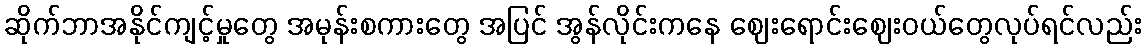
ဆိုက်ဘာအနိုင်ကျင့်မှုတွေ အမုန်းစကားတွေ အပြင် အွန်လိုင်းကနေ ဈေးရောင်းဈေးဝယ်တွေလုပ်ရင်လည်း